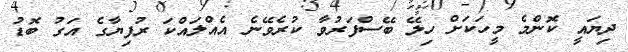
ދިޔައީ ކޮންމެ މީހަކަށް ހިލޭ ބޭސްފަރުވާ ކުރެވޭނެ އެއްލައްކަ ރުފިޔާގެ އަގު ބޮޑު